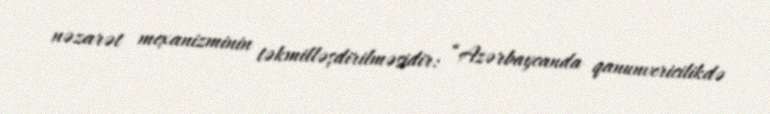
nəzarət mexanizminin təkmilləşdirilməsidir: “Azərbaycanda qanunvericilikdə